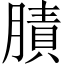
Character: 𦟜